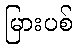
မြားပစ်